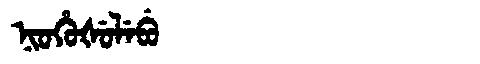
Manchu: ᠨᡳᠣᡥᡠᡧᡠᠯᡝᠪᡠ
Romanization: NIOHUŠULEBU